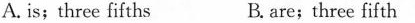
A. is;three fifths B. are;three fifth